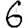
Digit: 6